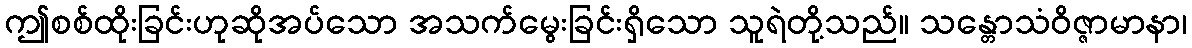
ဤစစ်ထိုးခြင်းဟုဆိုအပ်သော အသက်မွေးခြင်းရှိသော သူရဲတို့သည်။ သန္တောသံဝိဇ္ဇာမာနာ၊